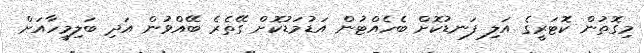
މިގޮތުން ކޮޓަރީގެ އަލި ފަނޑުކޮށް ބެހެއްޓުން އަޑުމަޑުކޮށް ގޭތެރެ ބޭއްވުން އަދި ބަލިމީހާއަށް